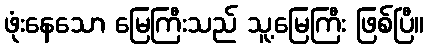
ဖုံးနေသော မြေကြီးသည် သူ့မြေကြီး ဖြစ်ပြီ။